Statistics compiled by the Government of India from the reports of provincial Civil Veterinary Departments
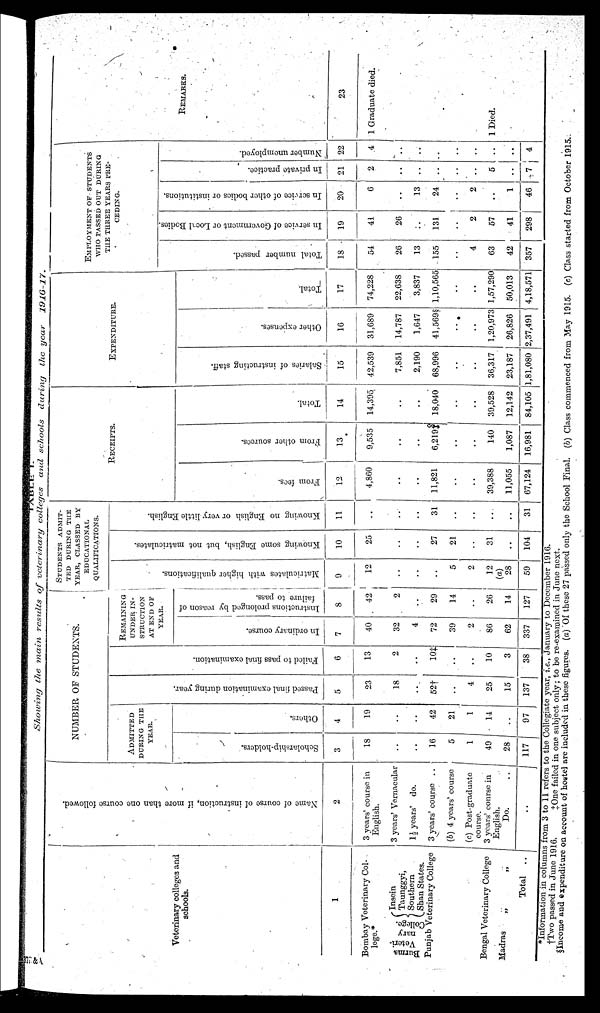
TABLE I.
Showing the main results of veterinary colleges and schools during the year
1916-17.
Veterinary colleges and
schools
1
Bombay Veterinary Col-
lege.*
Burma
Veteri-
nary
College.
Insein
Taunggyi,
Southern
Shan States.
Punjab Veterinary College
Bengal Veterinary College
Madras
„
„
Total
..
Na me of course of instruction, if more than one course followed.
2
3 years' course in
English.
3 years' Vernacular
1½ years' do.
3 years' course ..
(b) 4 years' course
(c) Post-graduate
course.
3 years' conrse in
English.
Do. ..
..
NUMBER OF STUDENTS.
ADMITTED
DURING THE
YEAR.
Scholarship-holders.
3
18
..
..
16
5
1
49
28
117
Others.
4
19
..
..
42
21
1
14
..
97
Pas s ed f i na l e x a m i n a t i o n dur i
ng
year.
5
23
18
..
52†
..
4
25
15
137
Fai l
ed to pass final examination.
6
13
2
..
10‡
..
..
10
3
38
REMAINING
UNDER IN-
STRUCTION
AT END OF
YEAR.
In ordinary course.
7
40
32
4
72
39
2
86
62
337
Instructions prolonged by reason of
failure to pass.
8
42
2
..
29
14
..
26
14
127
STUDENTS ADMIT-
TED DURING THE
YEAR, CLASSED BY
EDUCATIONAL,
QUALIFICATIONS.
Matriculates with hi gher qualifications.
9
12
..
..
..
5
2
12
(a)
28
59
Knowing some English, but not matriculates.
10
25
..
..
27
21
..
31
..
104
Knowing no E n g l i s h or v e r y l i t t l e English.
11
..
..
..
31
..
..
...
..
31
RECEIPTS.
From fees.
12
4,860
..
..
11,821
..
..
39,388
11,055
67,124
From other sources.
13
9,535
..
..
6,219‡
..
..
140
1,087
16,981
Total.
14
14,395
..
..
18,040
..
..
39,528
12,142
84,105
EXPENDITURE.
Salaries of instructing staff.
15
42,539
7,851
2,190
68,996
..
..
36,317
23,187
1,81,080
Other expenses.
16
31,689
14,787
1,647
41,569§
..
..
1,20,973
26,826
2,37,491
Total.
17
74,228
22,638
3,837
1,10,565
..
..
1,57,290
50,013
4,18,571
EMPLOYMENT OF STUDENTS
WHO PASSED OUT DURING
THE THREE YEARS PRE-
CEDING.
Total number passed.
18
54
26
13
155
..
4
63
42
357
In s e r v i c e of Go v e r
n me n t or Local Bodi es .
19
41
26
..
131
..
2
57
41
298
In s e r v i c e o f o t h e r b o d i e s or institutions.
20
6
..
13
24
..
2
..
1
46
In private practice.
21
2
..
..
..
..
..
5
..
7
Number unemployed.
22
4
..
..
..
..
..
..
..
4
REMARKS.
23
1 Graduate died.
1 Died.
*Information in columns from 3 to 11 refers to the Collegiate year, i.e., January to December 1916.
†Two passed in June 1916.
‡One
failed in one subject only ; to be re-examined in June next.
§Income and expenditure on account of hostel are included in these figures. (a) Of these 27 passed only the School Final. (b) Class commenced from May 1915. (c) Class started from October 1915.
377 & 4